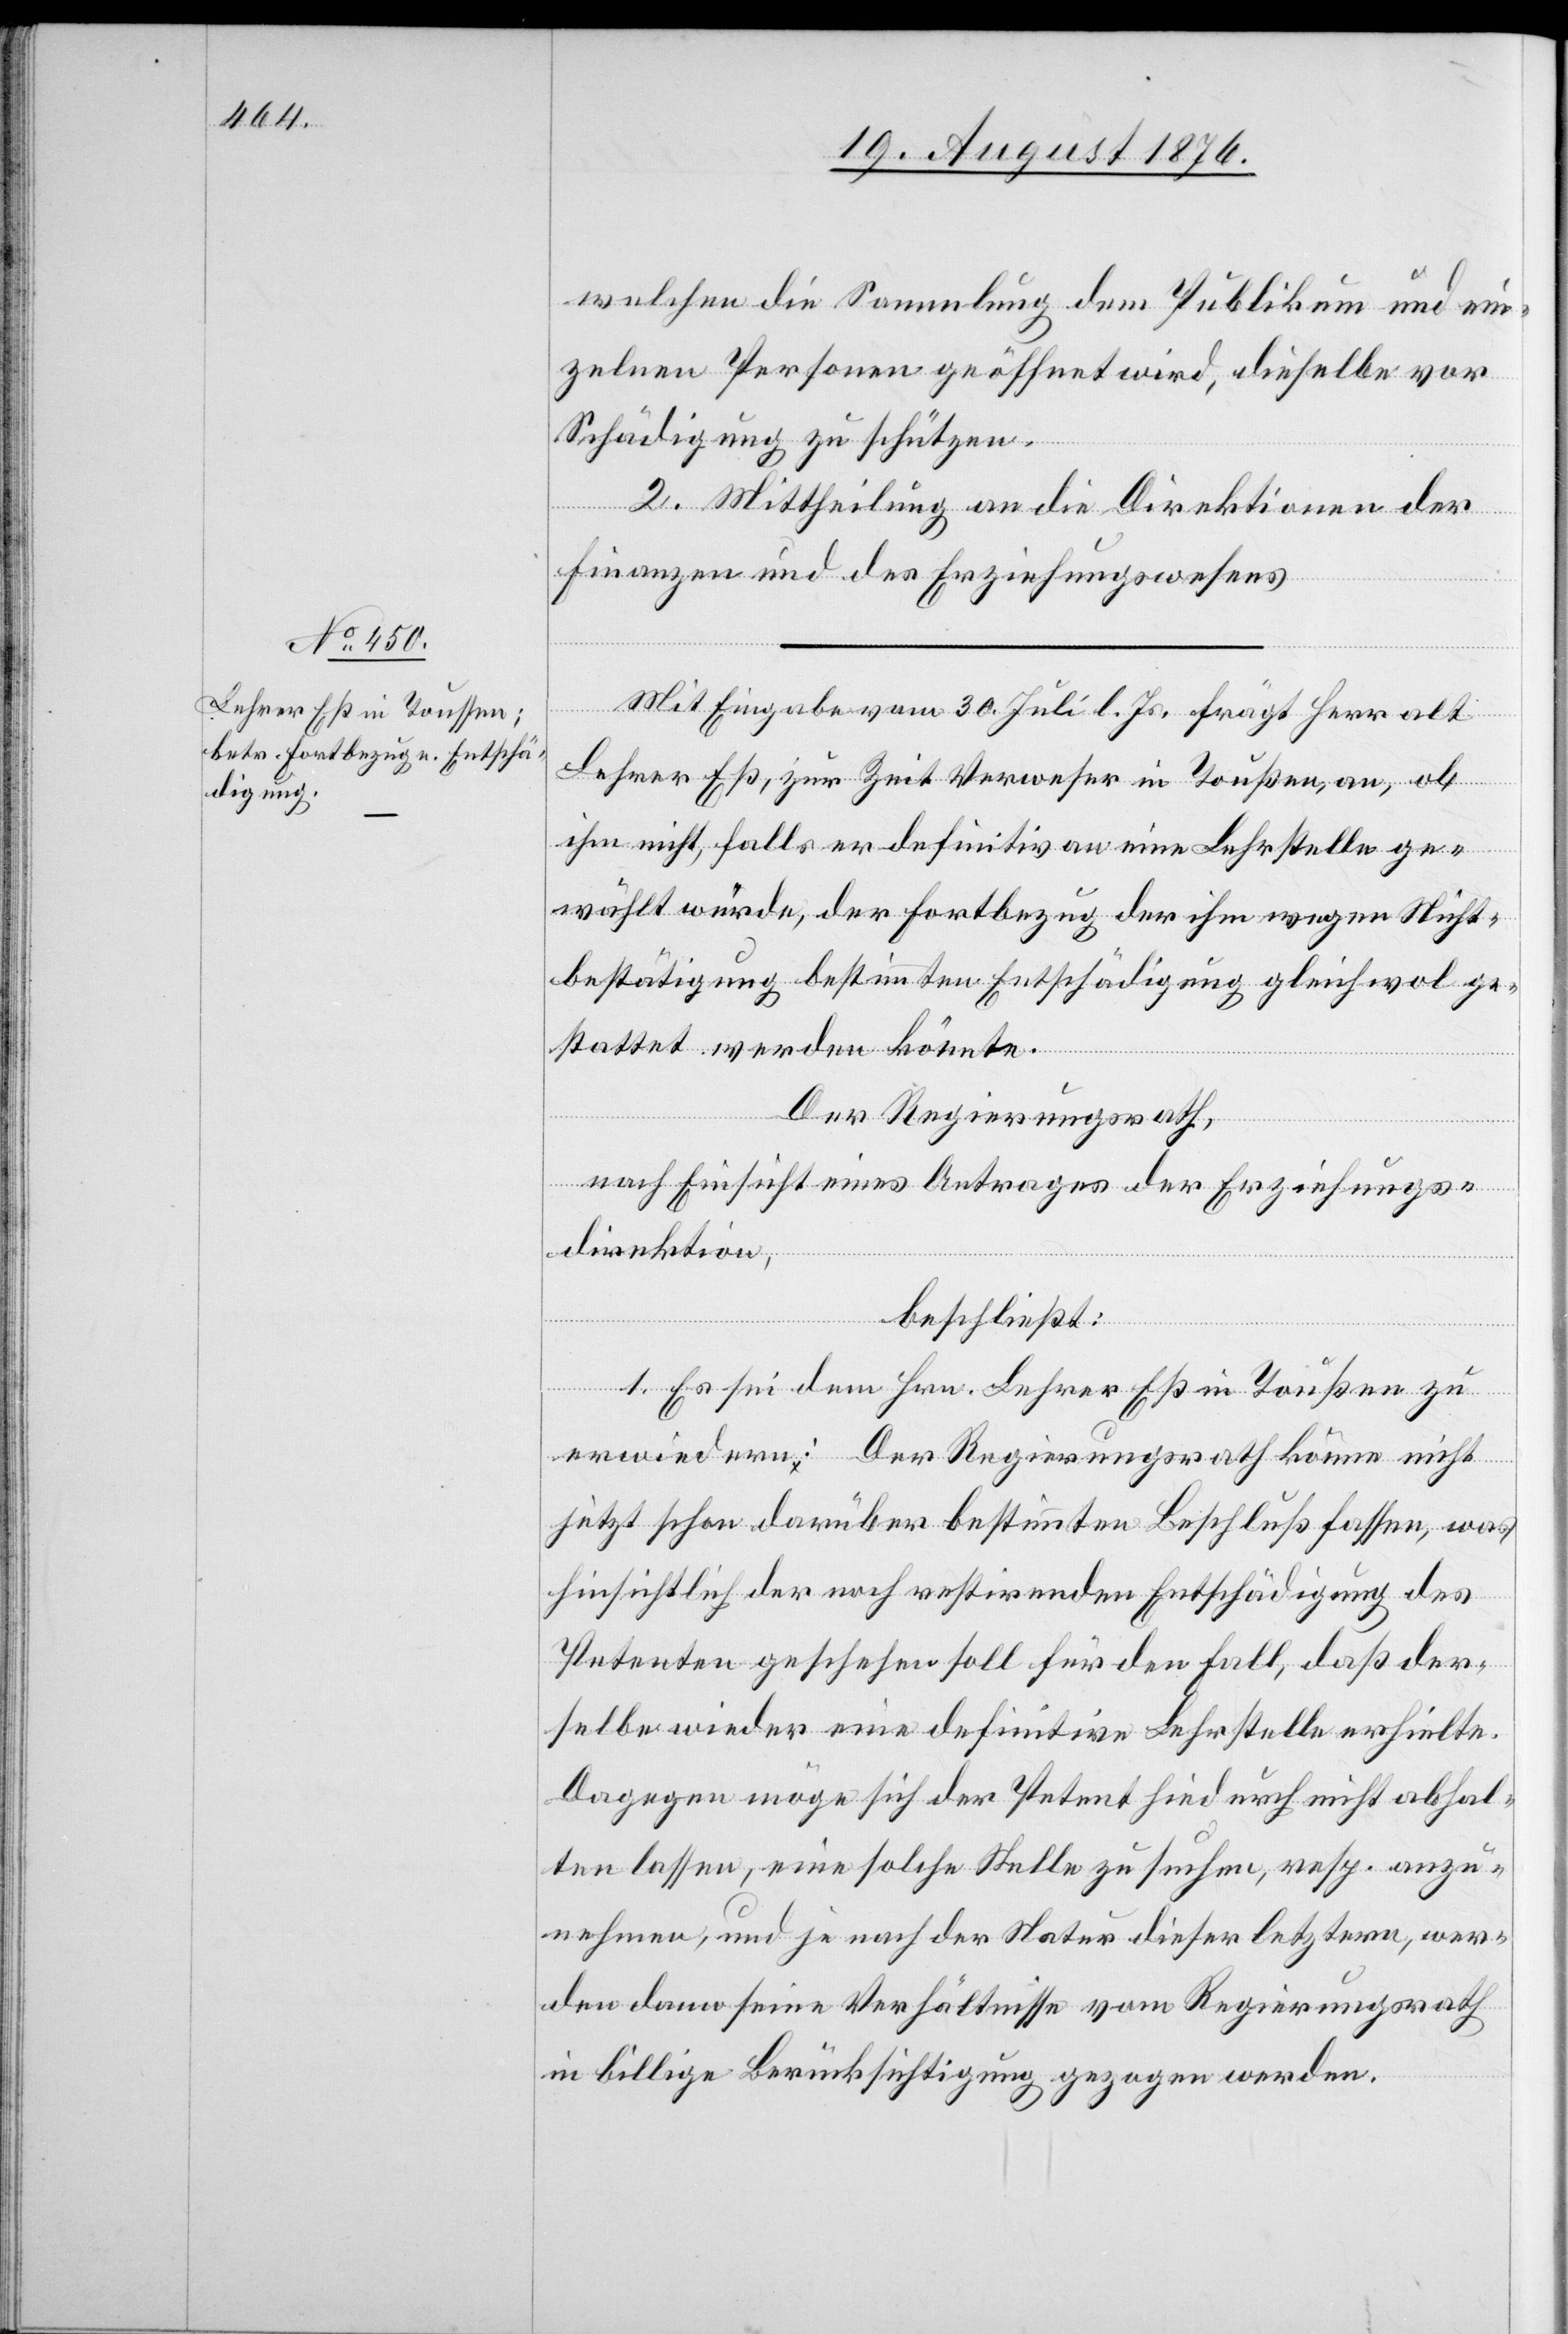
welchen die Sammlung dem Publikum und ein¬
zelnen Personen geöffnet wird, dieselbe vor
Schädigung zu schützen.
2. Mittheilung an die Direktionen der
Finanzen und des Erziehungswesens.
Mit Eingabe vom 30. Juli l. Js. frägt Herr alt
Lehrer Eß zur Zeit Verweser in Toußen, an, ob
ihm nicht, falls er definitiv an eine Lehrstelle ge¬
wählt würde, der Fortbezug der ihm wegen Nicht¬
bestätigung bestimmten Entschädigung gleichwol ge¬
stattet werden könnte.
Der Regierungsrath,
nach Einsicht eines Antrages der Erziehungs¬
direktion,
beschließt:
1. Es sei dem Hrn. Lehrer Eß in Toußen zu
erwiedern: Der Regierungsrath können nicht
jetzt schon darüber bestimmten Beschluß fassen, was
hinsichtlich der noch restirenden Entschädigung des
Petenten geschehen soll für den Fall, daß der¬
selbe wieder eine definitive Lehrstelle erhielte.
Dagegen möge sich der Petent hiedurch nicht abhal¬
ten lassen, eine solche Stelle zu suchen, resp. anzu¬
nehmen, und je nach der Natur dieser letztern, wer¬
den dann seine Verhältnisse vom Regierungsrath
in billige Berücksichtigung gezogen werden.